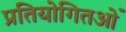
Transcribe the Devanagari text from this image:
प्रतियोगितओं